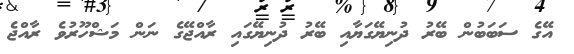
އޭގެ ސަބަބުން ބޭރު ދުނިޔޭގަޔާއި ބޭރު ދުނިޔޭގައި ރާއްޖޭގެ ނަން މަޝްހޫރުވެ ރާއްޖެ